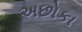
અછોકા